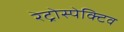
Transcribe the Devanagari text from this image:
रेट्रोस्‍पेक्टिव